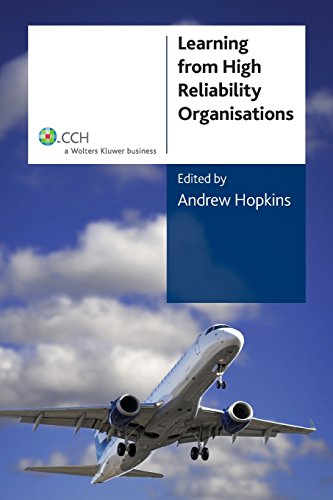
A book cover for Learning from High Reliability Organisations; Andrew Hopkins; Business & Money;